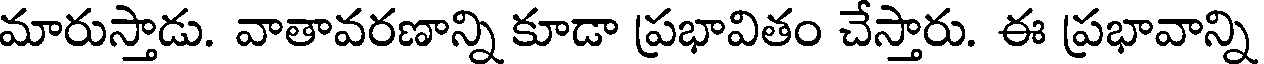
మారుస్తాడు. వాతావరణాన్ని కూడా ప్రభావితం చేస్తారు. ఈ ప్రభావాన్ని